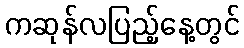
ကဆုန်လပြည့်နေ့တွင်